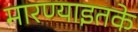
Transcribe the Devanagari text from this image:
मारण्याइतके